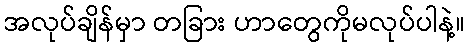
အလုပ်ချိန်မှာ တခြား ဟာတွေကိုမလုပ်ပါနဲ့။